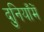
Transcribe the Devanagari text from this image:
दुनियाँमें